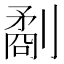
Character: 劀